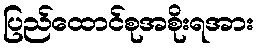
ပြည်ထောင်စုအစိုးရအား